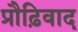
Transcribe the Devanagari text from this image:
प्रौढ़िवाद